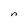
Character: n